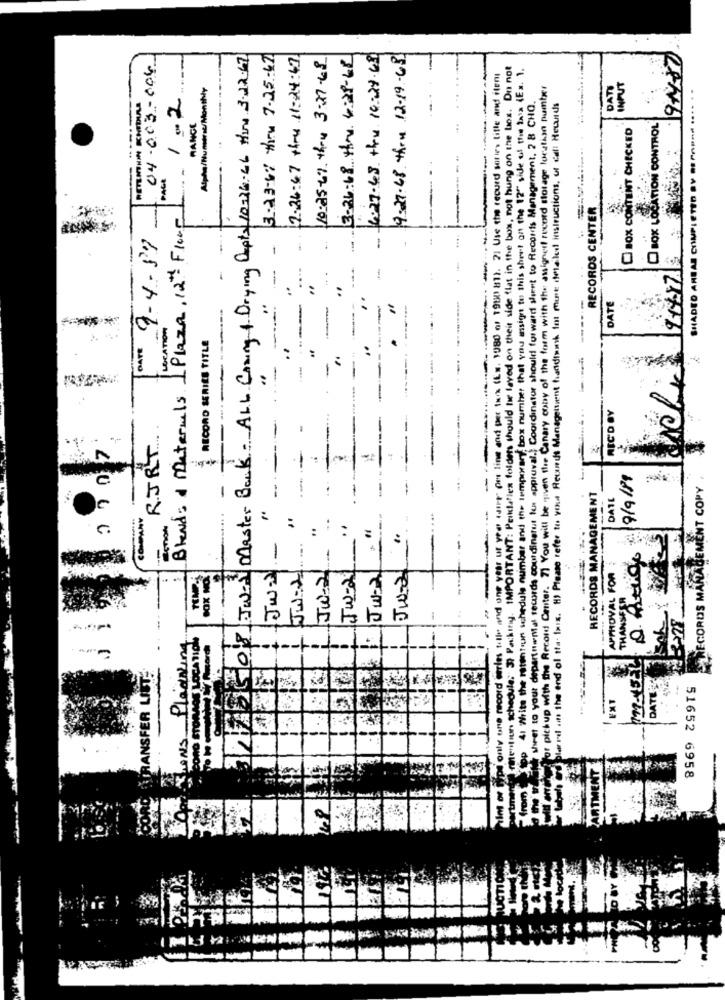
TW- Master Bank - ALL Coning & Drying Cepts 10326-46 MIN 3.22.67
3-23-61 thru 7-25-47
12.26:47 +hru 11:24:47
10.25-67. thru 3-27-48
3-26:68 Hru. 4:28-68
6:27-69 thru 16-34.63
9.27.68 them 12-19-68
04-003-004
chedule: 37 Parking. IMPORTANT: Peiklaflex folders should te laved on theit side flat in the box, not hung on the box. Dn not
Write the ratentoun schedule number and the temporary, box number that you assign to this sheet on the 12" side of the tasa (Ex. 1.
les tolle and one year ut yee saire pus line and per tax (EN. 1980 of 1980 811. 2) Use the recurd series title and itent
Alpha/Numeric/Monthly
with the Record Center. 7) You will be given the Canary copy of the form with the assigned record storage location number
DATI
INPUT
SHADED AREAS COMPLETED .. ....... .... . .
1 .2
your departmental records coordinarut tu approval .; Coordinator should forward sheet to Records Management. 2 8 CHO.
in the end of its xix. H) Please refer to yona Records Management handbook for more detailed instructions, of cat Records
RANGE
C BOX CONTENT CHECKED
BOX LOCATION CONTROL
PAGE
RECORDS CENTER
Blend: a Materials 1 Plaza, 12th Floor
[DATE 9-4-87
-
------
DATE
LOCATION
RECORD SERIES TITLE
-.
-
REC'D BY
R.JRT
-
9/9/81
.-
MENT COPY
1
RECORDS MANAGEMENT
DATE
---
:
=
:
Jw-21-
:
-
Jwy .-
J.W-2 .....
---
:
4
RECORDS MARAB
JW-2
Ju-2
1
APPROVAL FOR
HANSEJ
--
Pladsin
OCATI
RANSFER LIST
tine record
DATE
EXT
51652 6958
IDEN